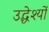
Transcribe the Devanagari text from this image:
उद्धेश्यों